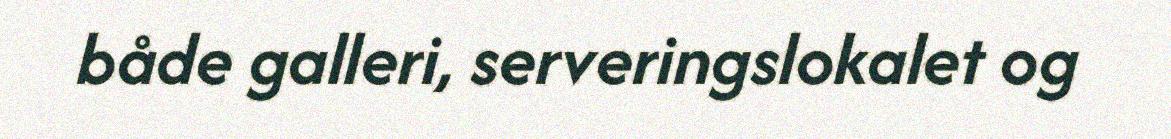
både galleri, serveringslokalet og